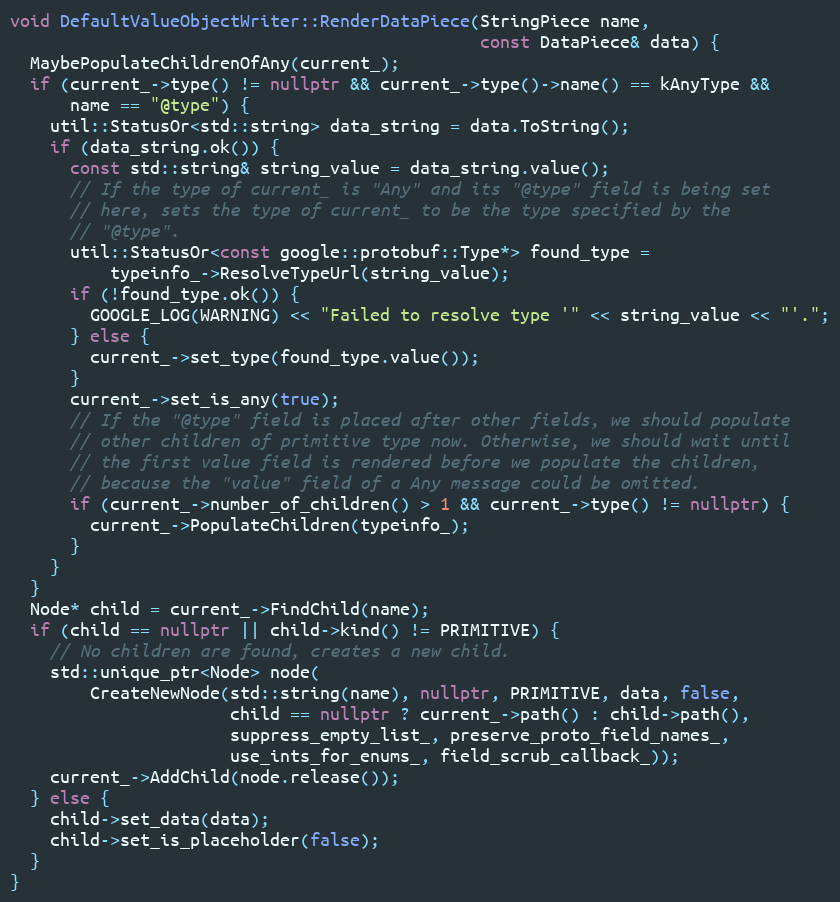
Language: C++
void DefaultValueObjectWriter::RenderDataPiece(StringPiece name,
                                               const DataPiece& data) {
  MaybePopulateChildrenOfAny(current_);
  if (current_->type() != nullptr && current_->type()->name() == kAnyType &&
      name == "@type") {
    util::StatusOr<std::string> data_string = data.ToString();
    if (data_string.ok()) {
      const std::string& string_value = data_string.value();
      // If the type of current_ is "Any" and its "@type" field is being set
      // here, sets the type of current_ to be the type specified by the
      // "@type".
      util::StatusOr<const google::protobuf::Type*> found_type =
          typeinfo_->ResolveTypeUrl(string_value);
      if (!found_type.ok()) {
        GOOGLE_LOG(WARNING) << "Failed to resolve type '" << string_value << "'.";
      } else {
        current_->set_type(found_type.value());
      }
      current_->set_is_any(true);
      // If the "@type" field is placed after other fields, we should populate
      // other children of primitive type now. Otherwise, we should wait until
      // the first value field is rendered before we populate the children,
      // because the "value" field of a Any message could be omitted.
      if (current_->number_of_children() > 1 && current_->type() != nullptr) {
        current_->PopulateChildren(typeinfo_);
      }
    }
  }
  Node* child = current_->FindChild(name);
  if (child == nullptr || child->kind() != PRIMITIVE) {
    // No children are found, creates a new child.
    std::unique_ptr<Node> node(
        CreateNewNode(std::string(name), nullptr, PRIMITIVE, data, false,
                      child == nullptr ? current_->path() : child->path(),
                      suppress_empty_list_, preserve_proto_field_names_,
                      use_ints_for_enums_, field_scrub_callback_));
    current_->AddChild(node.release());
  } else {
    child->set_data(data);
    child->set_is_placeholder(false);
  }
}